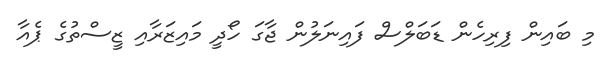
މި ބައިން ފިރިހެން ޑަބަލްސް ފައިނަލުން ޖާގަ ހޯދީ މައިޒަރާއި ޒީސްތުގެ ޕެއާ